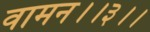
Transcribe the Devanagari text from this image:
वामन।।३।।